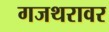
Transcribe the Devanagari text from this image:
गजथरावर